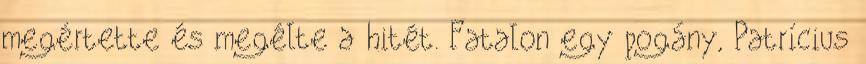
megértette és megélte a hitét. Fatalon egy pogány, Patrícius